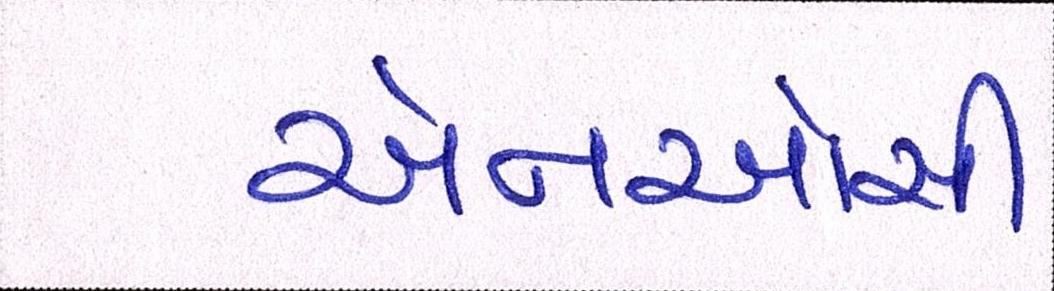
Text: એનઓસી